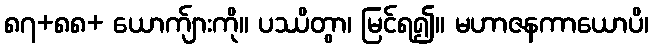
၈၇+၈၈+ ယောက်ျားကို။ ပဿိတွာ၊ မြင်ရ၍။ မဟာဇနကာယောပိ၊